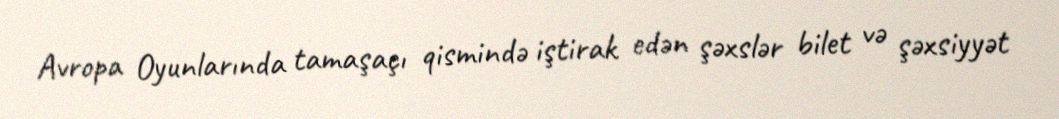
Avropa Oyunlarında tamaşaçı qismində iştirak edən şəxslər bilet və şəxsiyyət